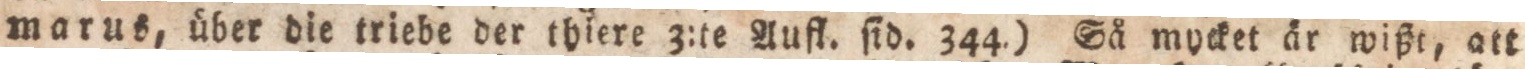
marus, über die triebe der thiere 3:te Aufl. ſid. 344.) Så mycket år wißt, att